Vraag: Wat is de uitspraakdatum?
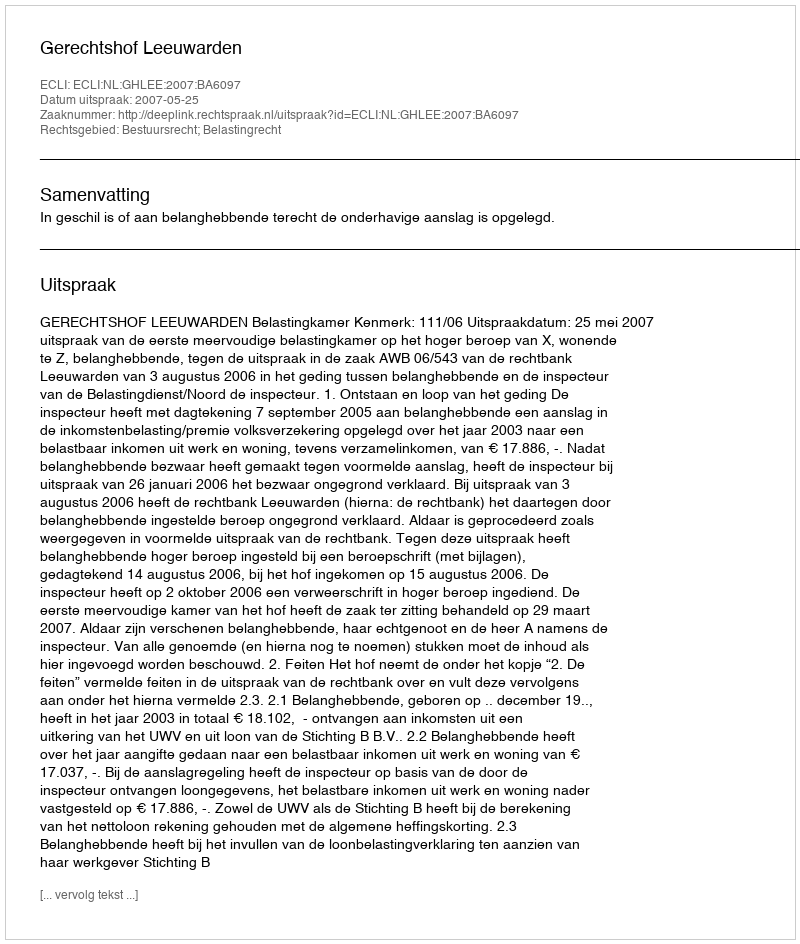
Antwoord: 2007-05-25